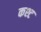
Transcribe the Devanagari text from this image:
कश्ट